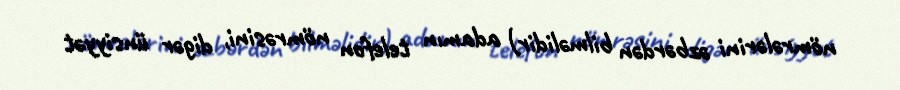
nömrələrini əzbərdən bilməlidir) adamın telefon nömrəsini, digər ünsiyyət